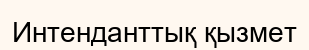
Интенданттық қызмет